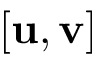
[ \mathbf { u } , \mathbf { v } ]